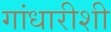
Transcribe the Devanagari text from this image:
गांधारीशी